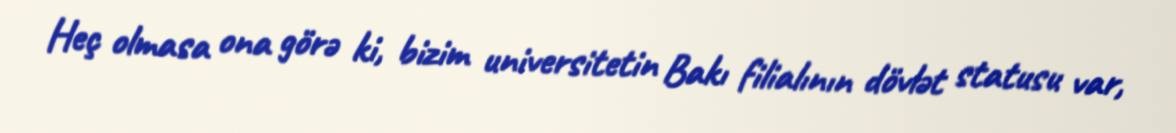
Heç olmasa ona görə ki, bizim universitetin Bakı filialının dövlət statusu var,